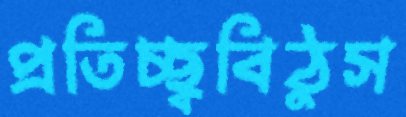
প্রতিচ্ছ্ববিঠুস